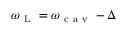
{ \omega } _ { \mathrm { ~ L ~ } } = { \omega } _ { \mathrm { ~ c ~ a ~ v ~ } } - \Delta